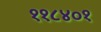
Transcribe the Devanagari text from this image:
११८४०१